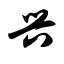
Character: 兴